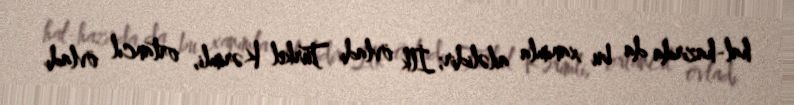
hal-hazırda da bu xanımla ailəlidir; İlk övladı Türkel Kərimli, ortancıl övladı